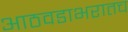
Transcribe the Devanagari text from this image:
आठवडाभरातच